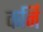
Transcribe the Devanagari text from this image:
कर्नि